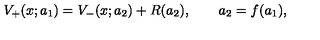
V _ { + } ( x ; a _ { 1 } ) = V _ { - } ( x ; a _ { 2 } ) + R ( a _ { 2 } ) , \qquad a _ { 2 } = f ( a _ { 1 } ) ,